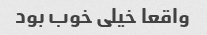
واقعا خیلی خوب بود